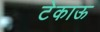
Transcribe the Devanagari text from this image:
टेकाऊ